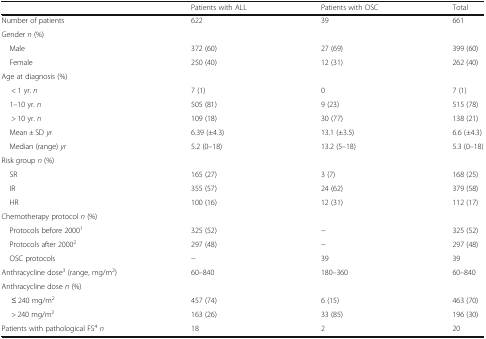
<table><thead><tr><td></td><td><b>Patients with ALL</b></td><td><b>Patients with OSC</b></td><td><b>Total</b></td></tr></thead><tbody><tr><td>Number of patients</td><td>622</td><td>39</td><td>661</td></tr><tr><td colspan="4">Gender <i>n</i> (%)</td></tr><tr><td> Male</td><td>372 (60)</td><td>27 (69)</td><td>399 (60)</td></tr><tr><td> Female</td><td>250 (40)</td><td>12 (31)</td><td>262 (40)</td></tr><tr><td colspan="4">Age at diagnosis (%)</td></tr><tr><td>&lt; 1 yr. <i>n</i></td><td>7 (1)</td><td>0</td><td>7 (1)</td></tr><tr><td> 1–10 yr. <i>n</i></td><td>505 (81)</td><td>9 (23)</td><td>515 (78)</td></tr><tr><td>&gt; 10 yr. <i>n</i></td><td>109 (18)</td><td>30 (77)</td><td>138 (21)</td></tr><tr><td> Mean ± SD <i>yr</i></td><td>6.39 (±4.3)</td><td>13.1 (±3.5)</td><td>6.6 (±4.3)</td></tr><tr><td> Median (range) <i>yr</i></td><td>5.2 (0–18)</td><td>13.2 (5–18)</td><td>5.3 (0–18)</td></tr><tr><td colspan="4">Risk group <i>n</i> (%)</td></tr><tr><td> SR</td><td>165 (27)</td><td>3 (7)</td><td>168 (25)</td></tr><tr><td> IR</td><td>355 (57)</td><td>24 (62)</td><td>379 (58)</td></tr><tr><td> HR</td><td>100 (16)</td><td>12 (31)</td><td>112 (17)</td></tr><tr><td colspan="4">Chemotherapy protocol <i>n</i> (%)</td></tr><tr><td> Protocols before 2000<sup>1</sup></td><td>325 (52)</td><td>−</td><td>325 (52)</td></tr><tr><td> Protocols after 2000<sup>2</sup></td><td>297 (48)</td><td>−</td><td>297 (48)</td></tr><tr><td> OSC protocols</td><td>−</td><td>39</td><td>39</td></tr><tr><td>Anthracycline dose<sup>3</sup> (range, mg/m<sup>2</sup>)</td><td>60–840</td><td>180–360</td><td>60–840</td></tr><tr><td colspan="4">Anthracycline dose <i>n</i> (%)</td></tr><tr><td>≤ 240 mg/m<sup>2</sup></td><td>457 (74)</td><td>6 (15)</td><td>463 (70)</td></tr><tr><td>&gt; 240 mg/m<sup>2</sup></td><td>163 (26)</td><td>33 (85)</td><td>196 (30)</td></tr><tr><td>Patients with pathological FS<sup>4</sup><i>n</i></td><td>18</td><td>2</td><td>20</td></tr></tbody></table>